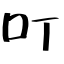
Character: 叮